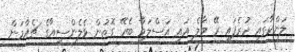
ލަންކާގައި ހުރެފައި ރޭ މާލެ އައި އަސްލަމާ ބެހޭ ގޮތުން ވެލެންސިއާގެ ޗެއާމަން